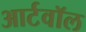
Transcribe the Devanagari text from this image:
आर्टवॉल